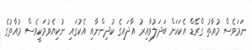
ނަމަވެސް މުއާތު ގްރޭޑް އެކަކަށް ބަދަލުވާއިރު އާދައިގެ ކުދިންނާއި އެކުގައި ނުކިޔެވުމަކީވެސް މުއާތުގެ